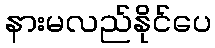
နားမလည်နိုင်ပေ